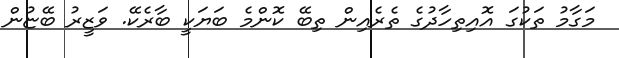
މަގާމު ތަކުގަ އޮއިތިހާދުގެ ތެރެއިން ތިބޭ ކޮންމެ ބަޔަކީ ބާރެކޭ. ވަޒީރު ބޭޏުން